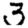
Digit: 3